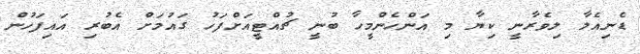
ޑެނިއެލާ ލިވެރާނީ ކިޔާ މި އަންހެންމީހާ ބުނީ ޗުއްޓީއަށްފަހު ގައުމަށް އެބުރި އައިފަހުން